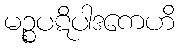
မဉ္စပဋိပါဒကေဟိ